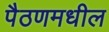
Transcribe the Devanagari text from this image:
पैठणमधील